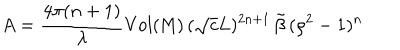
A = \frac { 4 \pi ( n + 1 ) } { \lambda } \mathrm { V o l ( M ) } \, ( \sqrt { c } L ) ^ { 2 n + 1 } \, \tilde { \beta } \, ( \rho ^ { 2 } - 1 ) ^ { n }